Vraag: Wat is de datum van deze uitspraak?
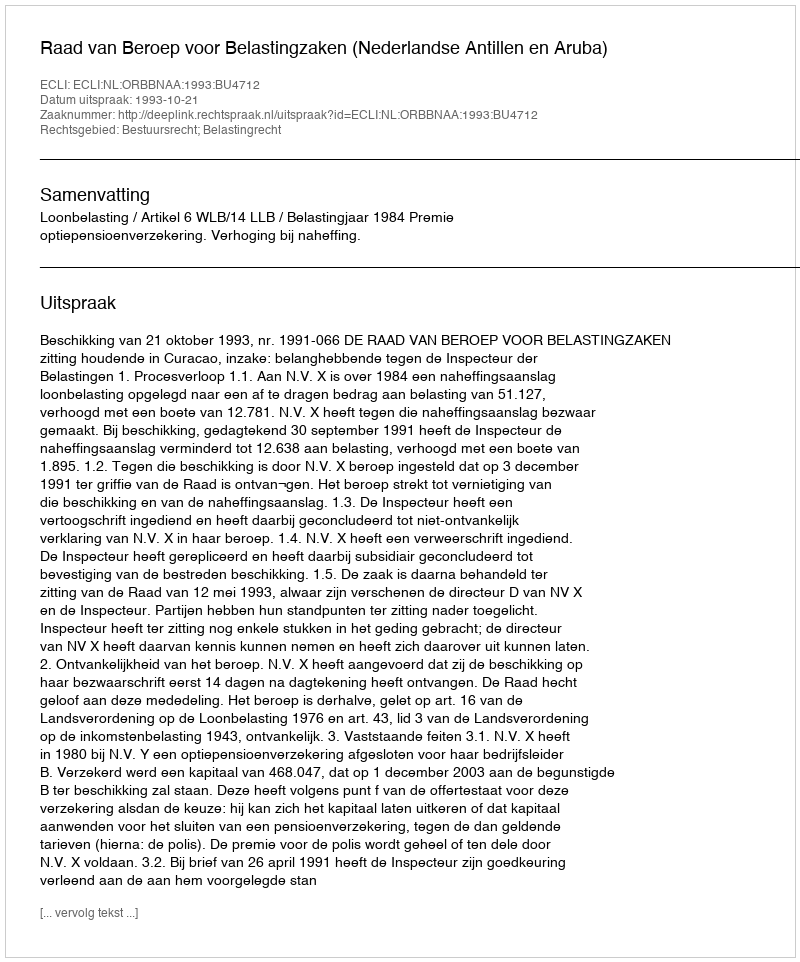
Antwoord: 1993-10-21